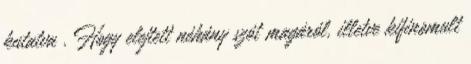
kutatva . Hogy elejtett néhány szót magáról, illetve kifinomult